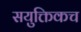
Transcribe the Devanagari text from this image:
सयुक्तिकच